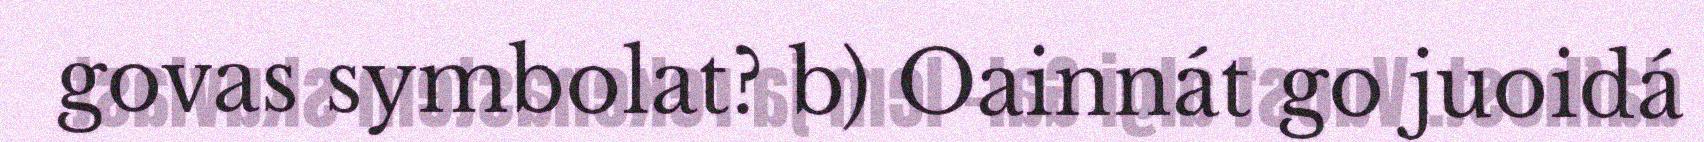
govas symbolat? b) Oainnát go juoidá